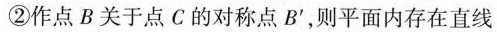
②作点B关于点C的对称点B'，则平面内存在直线